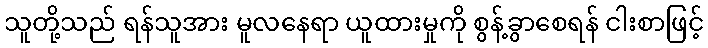
သူတို့သည် ရန်သူအား မူလနေရာ ယူထားမှုကို စွန့်ခွာစေရန် ငါးစာဖြင့်